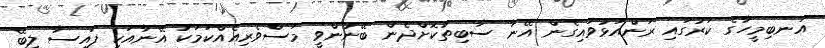
އަނބިމީހާގެ ކަރުގައި ރަންއަޅުވައިގެން އޭނާ ސާބިތުކޮށްދެން ބޭނުންވީ މަސްވެރިއެއްކަމަކު އޭނާއަކީ ފައިސާ ލިބޭ